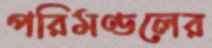
পরিমণ্ডলের